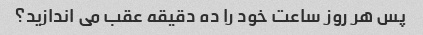
پس هر روز ساعت خود را ده دقیقه عقب می اندازید؟